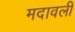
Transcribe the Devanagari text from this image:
मदावली